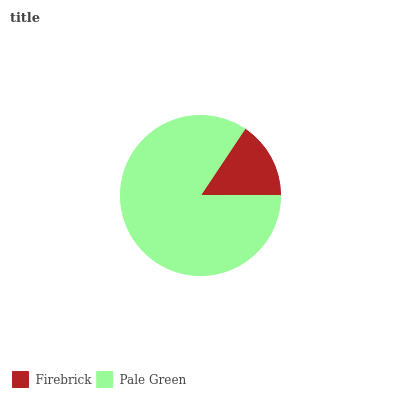
| Firebrick | Pale Green |
 | --- | --- |
 | 15.6% | 84.4% |